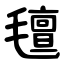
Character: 氊